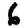
Digit: 6